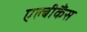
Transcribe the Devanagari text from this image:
एल्‍बीकैंस